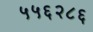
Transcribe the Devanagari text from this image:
५५६२८६